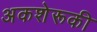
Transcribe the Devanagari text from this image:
अकशेरूकी